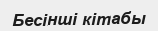
Бесінші кітабы